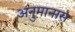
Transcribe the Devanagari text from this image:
अनुमानास